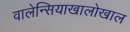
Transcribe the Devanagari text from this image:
वालेन्सियाखालोखाल